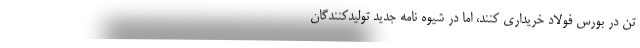
تن در بورس فولاد خریداری کنند، اما در شیوه نامه جدید تولیدکنندگان